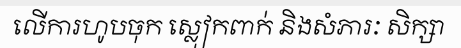
លើការហូបចុក ស្លៀកពាក់ និងសំភារៈ សិក្សា